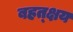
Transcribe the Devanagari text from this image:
बहत्क्षय